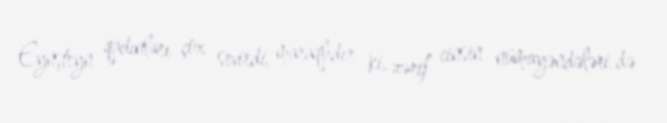
Eynşteyn qadınları çox sevirdi, maraqlıdır ki, zərif cinsin nümayəndələri də